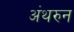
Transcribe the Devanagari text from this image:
अंथरुन